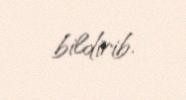
bildirib.